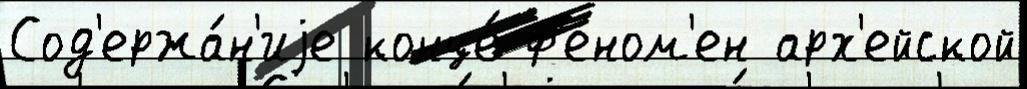
Сод'ержа́н'иjе конце́ ф'еном'ен арх'ейской